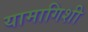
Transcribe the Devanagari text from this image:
यामागिशी